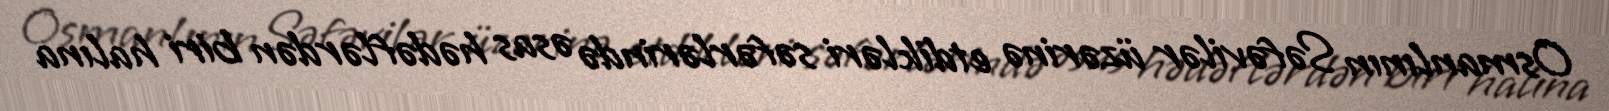
Osmanlının Səfəvilər üzərinə etdikləri səfərlərində əsas hədəflərdən biri halına